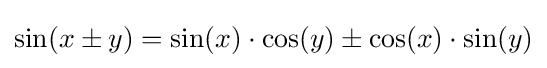
\sin(x\pm y)=\sin(x)\cdot \cos(y)\pm \cos(x)\cdot \sin(y)